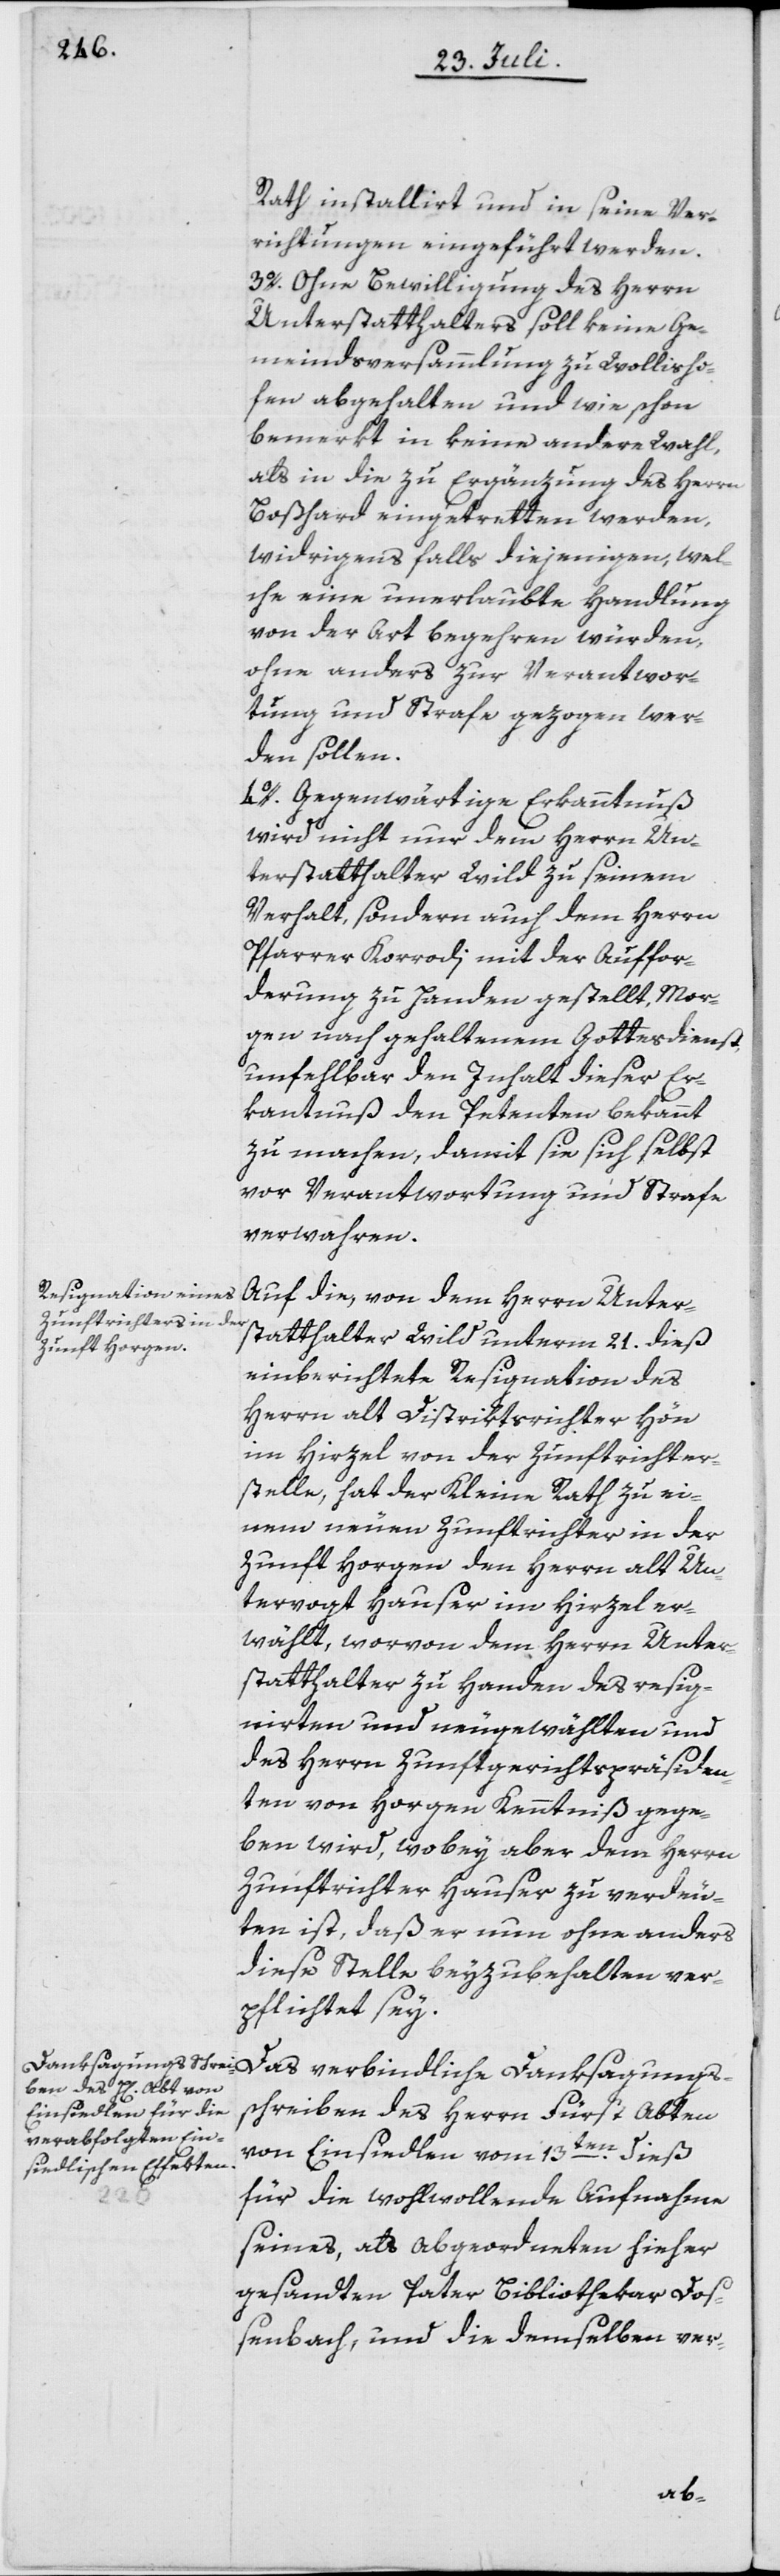
Rath installirt und in seine Ver¬
richtungen eingeführt werden.
3o. Ohne Bewilligung des Herrn
Unterstatthalters soll keine Ge¬
meindsversammlung zu Wollisho¬
fen abgehalten und wie schon
bemerkt in keine andere Wahl,
als in die zu Ergänzung des Herrn
Boßhard eingetretten werden,
widrigens falls diejenigen, wel¬
che eine unerlaubte Handlung
von der Art begehren würden,
ohne anders zur Verantwor¬
tung und Strafe gezogen wer¬
den sollen.
4o. Gegenwärtige Erkanntnuß
wird nicht nur dem Herrn Un¬
terstatthalter Wild zu seinem
Verhalt, sondern auch dem Herrn
Pfarrer Korrodi mit der Auffor¬
derung zu Handen gestellt, Mor¬
gen nach gehaltenem Gottesdienst,
unfehlbar den Inhalt dieser Er¬
kantnuß den Petenten bekannt
zu machen, damit sie sich selbst
vor Verantwortung und Strafe
verwahren.
Auf die, von dem Herrn Unter¬
statthalter Wild unterm 21. dieß
einberichtete Resignation des
Herrn alt Distriktsrichter Hön
im Hirzel von der Zunftrichter¬
stelle, hat der Kleine Rath zu ei¬
nem neuen Zunftrichter in der
Zunft Horgen den Herrn alt Un¬
tervogt Hauser im Hirzel er¬
wählt, worvon dem Herrn Unter¬
statthalter zu Handen des resig¬
nirten und neugewählten und
des Herrn Zunftgerichtspräsiden¬
ten von Horgen Kenntniß gege¬
ben wird, wobey aber dem Herrn
Zunftrichter Hauser zu verdeu¬
ten ist, daß er nun ohne anders
diese Stelle beyzubehalten ver¬
pflichtet sey.
Das verbindliche Danksagungs¬
schreiben des Herrn Fürst Abten
von Einsiedlen vom 13ten dieß
für die wohlwollende Aufnahme
seines, als Abgeordneten hieher
gesandten Pater Bibliothekar Doß¬
enbach, und die demselben ver-